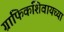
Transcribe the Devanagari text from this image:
ग्राफिकशिवायच्या